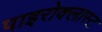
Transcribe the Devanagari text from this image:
पाइरोक्लास्ट